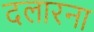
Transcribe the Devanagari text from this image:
दलारना